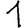
Digit: 1